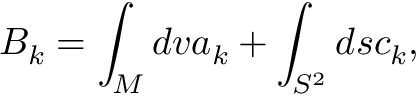
B _ { k } = \int _ { M } d v a _ { k } + \int _ { S ^ { 2 } } d s c _ { k } ,